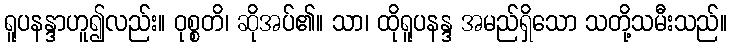
ရူပနန္ဒာဟူ၍လည်း။ ဝုစ္စတိ၊ ဆိုအပ်၏။ သာ၊ ထိုရူပနန္ဒ အမည်ရှိသော သတို့သမီးသည်။